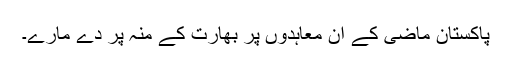
پاکستان ماضی کے ان معاہدوں پر بھارت کے منہ پر دے مارے۔